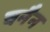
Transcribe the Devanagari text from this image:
चनैन